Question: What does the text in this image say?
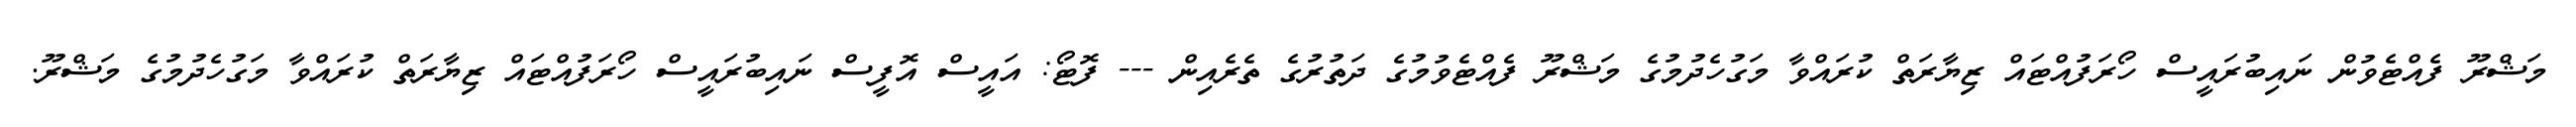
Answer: މަޝްރޫ ފެއްޓެވުން ނައިބުރައީސް ހޯރަފުއްޓައް ޒިޔާރަތް ކުރައްވާ މަގުހެދުމުގެ މަޝްރޫ ފެއްޓެވުމުގެ ދަތުރުގެ ތެރެއިން --- ފޮޓޯ: އައީސް އޮފީސް ނައިބުރައީސް ހޯރަފުއްޓައް ޒިޔާރަތް ކުރައްވާ މަގުހެދުމުގެ މަޝްރޫ.